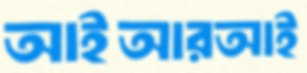
আইআরআই